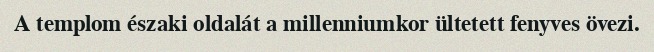
A templom északi oldalát a millenniumkor ültetett fenyves övezi.